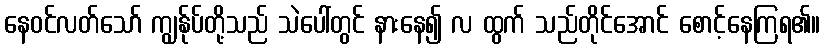
နေဝင်လတ်သော် ကျွန်ုပ်တို့သည် သဲပေါ်တွင် နားနေ၍ လ ထွက် သည်တိုင်အောင် စောင့်နေကြရ၏။